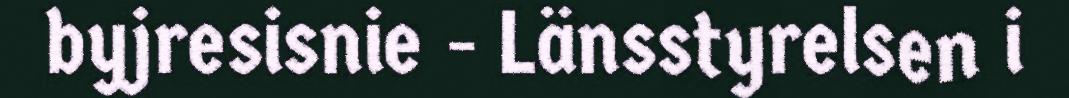
byjresisnie - Länsstyrelsen i